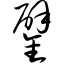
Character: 鐾